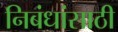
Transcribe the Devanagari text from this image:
निबंधांसाठी